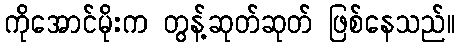
ကိုအောင်မိုးက တွန့်ဆုတ်ဆုတ် ဖြစ်နေသည်။